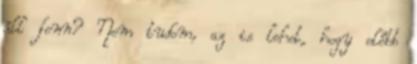
áll fenn? Nem tudom, az is lehet, hogy előbb